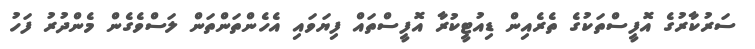
ސަރުކާރުގެ އޮފީސްތަކުގެ ތެރެއިން ޑިއުޓީކުރާ އޮފީސްތައް ފިޔަވައި އެހެންތަންތަން ލަސްވެގެން މެންދުރު ފަހު